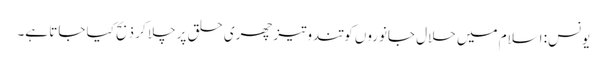
یونس: اسلام میں حلال جانوروں کو تندوتیز چھری حلق پر چلا کر ذبح کیا جاتا ہے۔